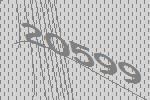
20599